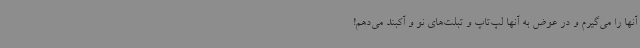
آنها را می‌گیرم و در عوض به آنها لپ‌تاپ و تبلت‌های نو و آکبند می‌دهم!